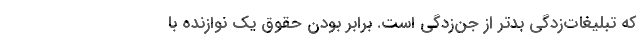
كه تبلیغات‌زدگی بدتر از جن‌زدگی است. برابر بودن حقوق یک نوازنده با